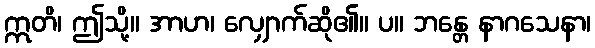
ဣတိ၊ ဤသို့။ အာဟ၊ လျှောက်ဆို၏။ ပ။ ဘန္တေ နာဂသေနာ၊